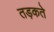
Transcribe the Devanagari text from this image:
तड़कते